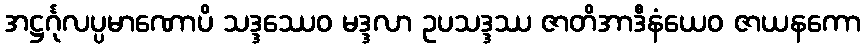
အဋ္ဌင်္ဂုလပ္ပမာဏောပိ သဒ္ဒဿေဝ မဒ္ဒလာ ဥပသဒ္ဒဿ ဇာတိအာဒီနံယေဝ ဇာယနကော